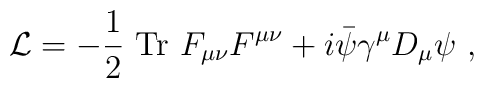
{\cal L}=-{1\over 2}~{\rm Tr} ~F_{\mu\nu}F^{\mu\nu}+i\bar\psi \gamma^\mu D_\mu \psi~,